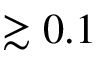
\gtrsim 0 . 1